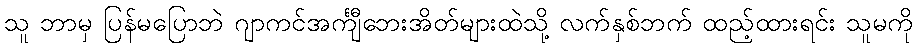
သူ ဘာမှ ပြန်မပြောဘဲ ဂျာကင်အင်္ကျီဘေးအိတ်များထဲသို့ လက်နှစ်ဘက် ထည့်ထားရင်း သူမကို